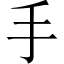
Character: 手